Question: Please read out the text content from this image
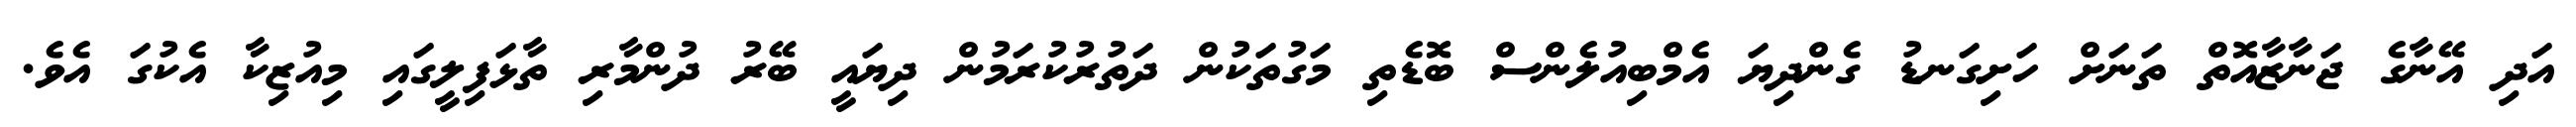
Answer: އަދި އޭނާގެ ޖަނާޒާއޮތް ތަނަށް ހަށިގަނޑު ގެންދިޔަ އެމްބިއުލެންސް ބޮޑެތި މަގުތަކުން ދަތުރުކުރަމުން ދިޔައީ ބޭރު ދުންމާރި ތާޅަފިލީގައި މިއުޒިކާ އެކުގަ އެވެ.